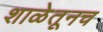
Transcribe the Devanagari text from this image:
शाळेतूनच